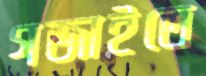
গজাইতে